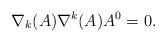
LaTeX: \begin{align*}\nabla_{k}(A)\nabla^{k}(A) A^{0} = 0.\end{align*}